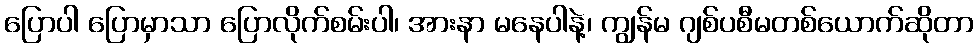
ပြောပါ ပြောမှာသာ ပြောလိုက်စမ်းပါ၊ အားနာ မနေပါနဲ့၊ ကျွန်မ ဂျစ်ပစီမတစ်ယောက်ဆိုတာ